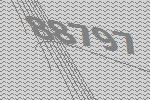
88797